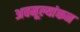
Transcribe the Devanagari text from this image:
अवमूल्यांकन